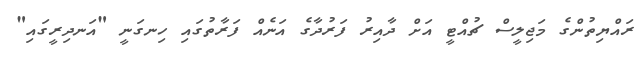
ރައްޔިތުންގެ މަޖިލީސް ޗުއްޓީ އަށް ދާއިރު ފަރުދާގެ އަނެއް ފަރާތުގައި ހިނގަނީ "އަނދިރީގައި"